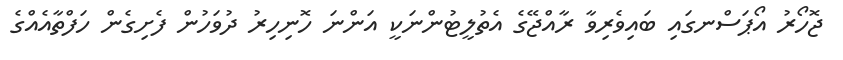
ޖޮހޯރު އޯޕަސްނގައި ބައިވެރިވާ ރާއްޖޭގެ އެތުލީޓުންނަކީ އަންނަ ހޮނިހިރު ދުވަހުން ފެށިގެން ހަފްތާއެއްގެ